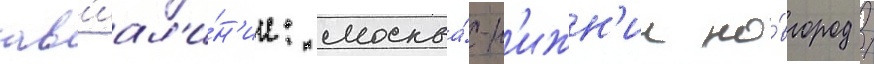
ав'иал'и́н'ии: москва́-н'ижн'ии но́вгород /